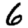
Digit: 6